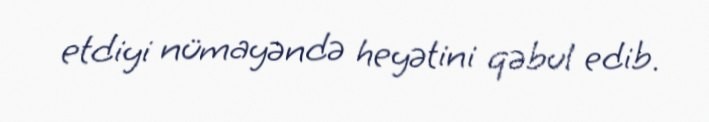
etdiyi nümayəndə heyətini qəbul edib.